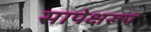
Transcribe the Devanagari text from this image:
सापेक्षरूप